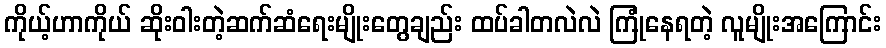
ကိုယ့်ဟာကိုယ် ဆိုးဝါးတဲ့ဆက်ဆံရေးမျိုးတွေချည်း ထပ်ခါတလဲလဲ ကြုံနေရတဲ့ လူမျိုးအကြောင်း